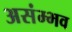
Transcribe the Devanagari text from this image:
असंम्भव